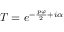
T = e ^ { - \frac { p \varphi } { 2 } + i \alpha }